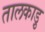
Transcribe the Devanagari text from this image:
तालकाड़ु